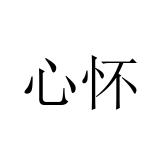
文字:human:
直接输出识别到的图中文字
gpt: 心怀